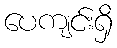
ပေကျင်းရှိ